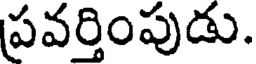
ప్రవర్తింపుడు.